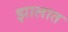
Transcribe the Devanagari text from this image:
झालात